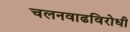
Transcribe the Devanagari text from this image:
चलनवाढविरोधी